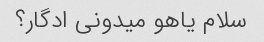
سلام یاهو میدونی ادگار؟